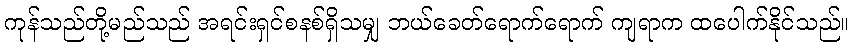
ကုန်သည်တို့မည်သည် အရင်းရှင်စနစ်ရှိသမျှ ဘယ်ခေတ်ရောက်ရောက် ကျရာက ထပေါက်နိုင်သည်။